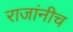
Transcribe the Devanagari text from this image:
राजांनीच